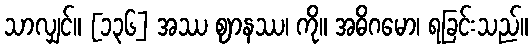
သာလျှင်။ [၁၃၆] အဿ ဈာနဿ၊ ကို။ အဓိဂမော၊ ရခြင်းသည်။